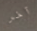
آخر